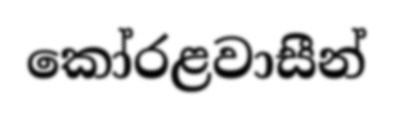
කෝරළවාසීන්